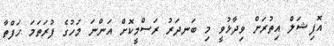
އޮފިޝަލް އިތުރަށް ވިދާޅުވީ މި ބަނދަރު ރަސްމީކޮށް އަންނަ މަހުގެ ފުރަތަމަ ހަފްތާ